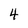
Character: 4